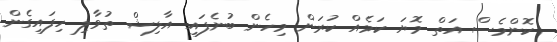
ކޮންމެސް އަތް މޮޔަ ކަމެއް ކުރަން މިހެން ބުނެފައި އާލިޝް ތުވާލި ހިފައިގެން